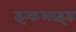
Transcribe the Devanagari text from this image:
इन्कलाइंड